Black-water fever - Number 35
Disease focus: Fever
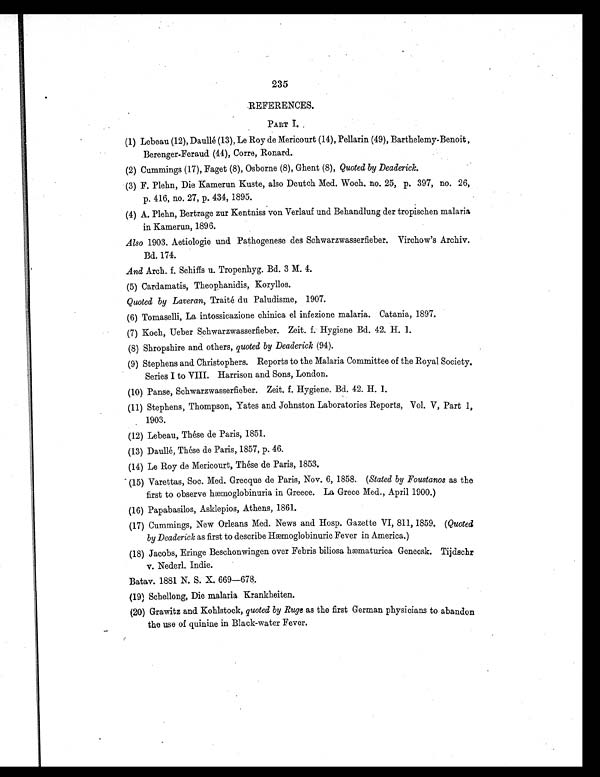
235
REFERENCES.
PART I.
(1) Lebeau (12), Daullé (13), Le Roy de Mericourt (14), Pellarin (49), Barthelemy-Benoit,
Berenger-Feraud (44), Corre, Ronard.
(2) Cummings (17), Faget (8), Osborne (8), Ghent (8), Quoted by Deaderick.
(3) F. Plehn, Die Kamerun Kuste, also Deutch Med. Woch. no. 25, p. 397, no. 26,
p. 416, no. 27, p. 434, 1895.
(4) A. Plehn, Bertrage zur Kentniss von Verlauf und Behandlung der tropischen malaria
in Kamerun, 1896.
Also 1903. Aetiologie und Pathogenese des Schwarzwasserfieber. Virchow's Archiv.
Bd. 174.
And Arch. f. Schiffs u. Tropenhyg. Bd. 3 M. 4.
(5) Cardamatis, Theophanidis, Koryllos.
Quoted by Laveran, Traité du Paludisme, 1907.
(6) Tomaselli, La intossicazione chinica el infezione malaria. Catania, 1897.
(7) Koch, Ueber Schwarzwasserfieber. Zeit. f. Hygiene Bd. 42. H. 1.
(8) Shropshire and others, quoted by Deaderick (94).
(9) Stephens and Christophers. Reports to the Malaria Committee of the Royal Society.
Series I to VIII. Harrison and Sons, London.
(10) Panse, Schwarzwasserfieber. Zeit. f. Hygiene. Bd. 42. H. 1.
(11) Stephens, Thompson, Yates and Johnston Laboratories Reports, Vol. V, Part 1,
1903.
(12) Lebeau, Thése de Paris, 1851.
(13) Da-ullé, Thése de Paris, 1857, p. 46.
(14) Le Roy de Mericourt, Thése de Paris, 1853.
(15) Varettas, Soc. Med. Grecque de Paris, Nov. 6, 1858. ( Stated by Foustanos as the
first to observe hæmoglobinuria in Greece. La Grece Med., April 1900.)
(16) Papabasilos, Asklepios, Athens, 1861.
(17) Cummings, New Orleans Med. News and Hosp. Gazette VI, 811, 1859. ( Quoted
by Deaderick as first to describe Hæmoglobinuric Fever in America.)
(18) Jacobs, Eringe Beschonwingen over Febris biliosa hæmaturica Genecsk. Tijdschr
v. Nederl. Indie.
Batav. 1881 N. S. X. 669—678.
(19) Schellong, Die malaria Krankheiten.
(20) Grawitz and Kohlstock, quoted by Ruge as the first German physicians to abandon
the use of quinine in Black-water Fever.